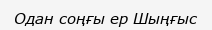
Одан соңғы ер Шыңғыс